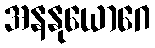
အနနုယောဂေ